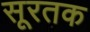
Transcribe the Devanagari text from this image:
सूरतक